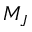
M _ { J }